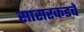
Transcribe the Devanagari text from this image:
सासरकडचे